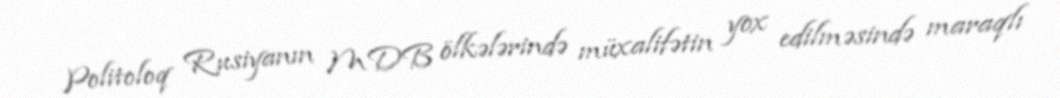
Politoloq Rusiyanın MDB ölkələrində müxalifətin yox edilməsində maraqlı